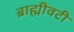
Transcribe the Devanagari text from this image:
ब्राह्मीवटी